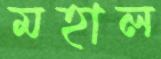
মহাল